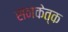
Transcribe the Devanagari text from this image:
सनकेत्क